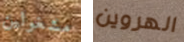
مشغولين الهروين